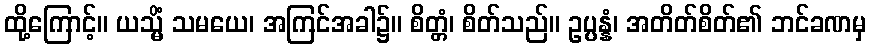
ထို့ကြောင့်။ ယသ္မိံ သမယေ၊ အကြင်အခါ၌။ စိတ္တံ၊ စိတ်သည်။ ဥပ္ပန္နံ၊ အတိတ်စိတ်၏ ဘင်ခဏမှ